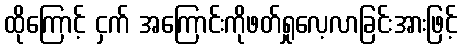
ထိုကြောင့် ငှက် အကြောင်းကိုဖတ်ရှုလေ့လာခြင်းအားဖြင့်